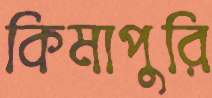
কিমাপুরি